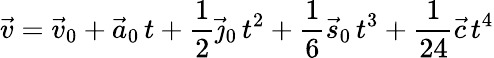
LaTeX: {\vec{v}}={\vec{v}}_{0}+{\vec{a}}_{0}\, t+{\frac{1}{2}}{\vec{\jmath}}_{0}\, t^{2}+{\frac{1}{6}}{\vec{s}}_{0}\, t^{3}+{\frac{1}{24}}{\vec{c}}\, t^{4}